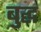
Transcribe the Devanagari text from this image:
बुद्घ